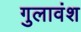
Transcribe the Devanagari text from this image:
गुलावंश